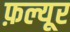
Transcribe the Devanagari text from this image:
फ़ल्यूर